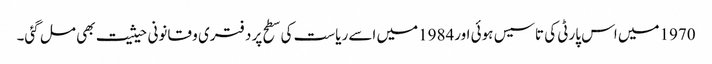
1970میں اس پارٹی کی تاسیس ہوئی اور1984میں اسے ریاست کی سطح پر دفتری و قانونی حیثیت بھی مل گئی۔